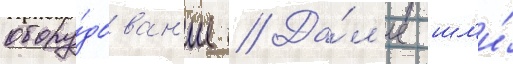
обору́дован'ие // Да́л'ее шл'и́